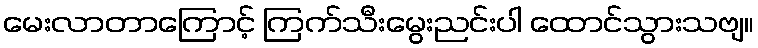
မေးလာတာကြောင့် ကြက်သီးမွေးညင်းပါ ထောင်သွားသဗျ။